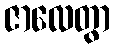
ဇာလေတွာ